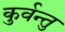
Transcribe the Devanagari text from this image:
कुर्वन्तु